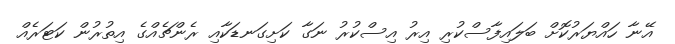
އޭނާ ހައްޔަރުކޮށް ބަލައިފާސްކުރި އިރު އިސްކުރު ނަގާ ކަށިގަނޑަކާއި ރެންޗެއްގެ އިތުރުން ކަޓަރެއް